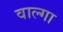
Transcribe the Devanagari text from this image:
वाल्गा